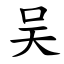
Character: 吴